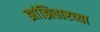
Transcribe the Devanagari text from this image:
झांझिबारच्या